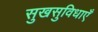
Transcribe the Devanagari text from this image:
सुखसुविधाएँ